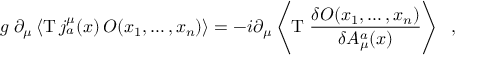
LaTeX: g \; \partial _ { \mu } \left\langle \mathrm { T } \, j _ { a } ^ { \mu } ( x ) \, { \cal O } ( x _ { 1 } , \ldots , x _ { n } ) \right\rangle = - i \partial _ { \mu } \left\langle \mathrm { T } \; { \frac { \delta { \cal O } ( x _ { 1 } , \ldots , x _ { n } ) } { \delta { \cal A } _ { \mu } ^ { a } ( x ) } } \right\rangle \; \; ,